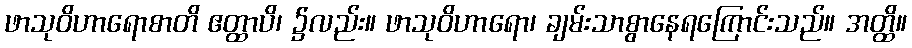
ဖာသုဝိဟာရောစာတိ ဧတ္ထာပိ၊ ၌လည်း။ ဖာသုဝိဟာရော၊ ချမ်းသာစွာနေရကြောင်းသည်။ အတ္ထိ။